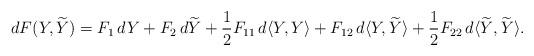
LaTeX: \begin{align*}dF(Y,\widetilde Y) = F_1\,dY + F_2\,d\widetilde Y + \frac{1}{2}F_{11}\,d\langle Y,Y\rangle + F_{12}\,d\langle Y,\widetilde Y\rangle + \frac{1}{2}F_{22}\,d\langle \widetilde Y,\widetilde Y\rangle.\end{align*}